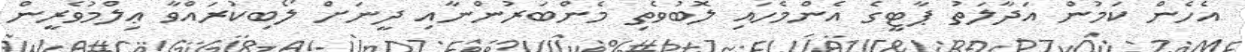
އެހެން ކަމުން އަދާލަތު ޕާޓީގެ އެންމެހައި ލޮބުވެތި މެންބަރުންނާއި ދީނަށް ލޯބިކުރައްވާ ޢިލްމުވެރީން